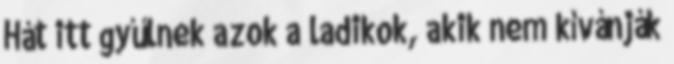
Hát itt gyűlnek azok a ladikok, akik nem kívánják